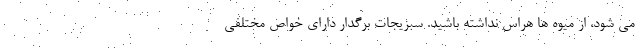
می شود، از میوه ها هراس نداشته باشید. سبزیجات برگدار دارای خواص مختلفی